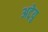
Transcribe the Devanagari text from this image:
अट्रेयु